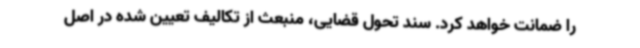
را ضمانت خواهد کرد. سند تحول قضایی، منبعث از تکالیف تعیین شده در اصل